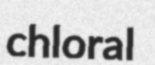
chloral